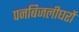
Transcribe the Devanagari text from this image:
पनबिजलीघरों